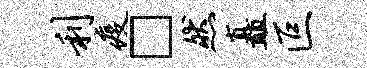
利疫□然矗叵